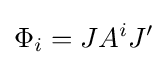
\Phi _{i}=JA^{i}J'